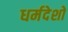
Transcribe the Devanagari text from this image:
धर्मदेशों